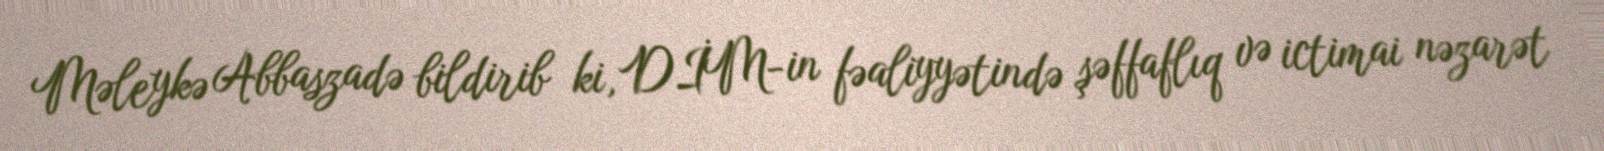
Məleykə Abbaszadə bildirib ki, DİM-in fəaliyyətində şəffaflıq və ictimai nəzarət